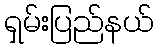
ရှမ်းပြည်နယ်